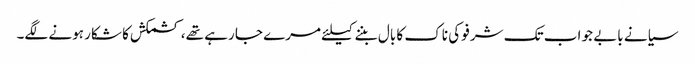
سیانے بابے جو اب تک شرفو کی ناک کا بال بننے کیلئے مرے جا رہے تھے، کشمکش کا شکار ہونے لگے۔